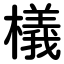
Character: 檥